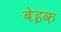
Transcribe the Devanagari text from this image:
बेइक